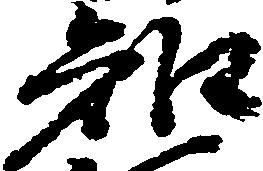
知